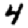
Digit: 4